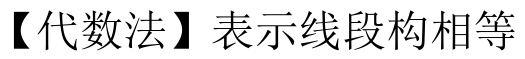
【代数法】表示线段构相等